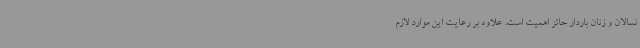
نسالان و زنان باردار حائز اهمیت است. علاوه بر رعایت این موارد لازم